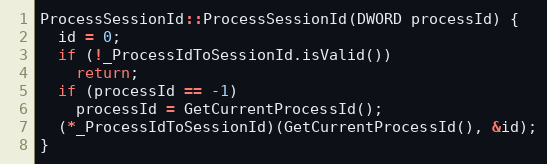
Language: C++
ProcessSessionId::ProcessSessionId(DWORD processId) {
  id = 0;
  if (!_ProcessIdToSessionId.isValid())
    return;
  if (processId == -1)
    processId = GetCurrentProcessId();
  (*_ProcessIdToSessionId)(GetCurrentProcessId(), &id);
}